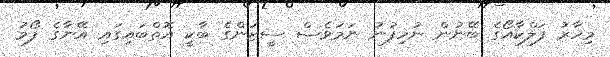
މިހާރު ފަލްކާއޯގެ ބޭނުން ނުހިފުނު ނަމަވެސް ސީޒަންގެ ބާކީ އޮތްބައިގައި އޭނާގެ ފޯމު